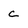
Character: c